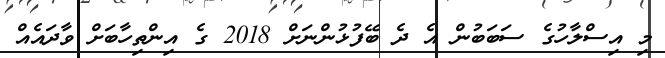
މި އިސްލާހުގެ ސަބަބުން އެ ދެ ބޭފުޅުންނަށް 2018 ގެ އިންތިހާބަށް ވާދައެއް